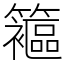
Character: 䉱